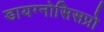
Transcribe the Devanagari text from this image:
डायग्नोसिसप्रो